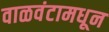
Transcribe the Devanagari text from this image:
वाळवंटामधून